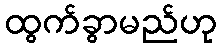
ထွက်ခွာမည်ဟု